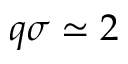
q \sigma \simeq 2